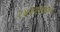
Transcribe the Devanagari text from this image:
२४२११७०१